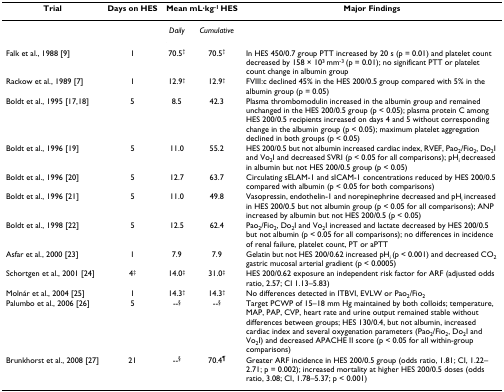
<table><thead><tr><td><b>Trial</b></td><td><b>Days on HES</b></td><td colspan="2"><b>Mean mL·kg<sup>-1 </sup>HES</b></td><td><b>Major Findings</b></td></tr></thead><tbody><tr><td></td><td></td><td><i>Daily</i></td><td><i>Cumulative</i></td><td></td></tr><tr><td>Falk et al., 1988 [9]</td><td>1</td><td>70.5<sup>†</sup></td><td>70.5<sup>†</sup></td><td>In HES 450/0.7 group PTT increased by 20 s (p = 0.01) and platelet count decreased by 158 × 10<sup>3 </sup>mm<sup>-3 </sup>(p = 0.01); no significant PTT or platelet count change in albumin group</td></tr><tr><td>Rackow et al., 1989 [7]</td><td>1</td><td>12.9<sup>†</sup></td><td>12.9<sup>†</sup></td><td>FVIII:c declined 45% in the HES 200/0.5 group compared with 5% in the albumin group (p = 0.05)</td></tr><tr><td>Boldt et al., 1995 [17,18]</td><td>5</td><td>8.5</td><td>42.3</td><td>Plasma thrombomodulin increased in the albumin group and remained unchanged in the HES 200/0.5 group (p &lt; 0.05); plasma protein C among HES 200/0.5 recipients increased on days 4 and 5 without corresponding change in the albumin group (p &lt; 0.05); maximum platelet aggregation declined in both groups (p &lt; 0.05)</td></tr><tr><td>Boldt et al., 1996 [19]</td><td>5</td><td>11.0</td><td>55.2</td><td>HES 200/0.5 but not albumin increased cardiac index, RVEF, Pao<sub>2</sub>/Fio<sub>2</sub>, Do<sub>2</sub>I and Vo<sub>2</sub>I and decreased SVRI (p &lt; 0.05 for all comparisons); pH<sub>i </sub>decreased in albumin but not HES 200/0.5 group (p &lt; 0.05)</td></tr><tr><td>Boldt et al., 1996 [20]</td><td>5</td><td>12.7</td><td>63.7</td><td>Circulating sELAM-1 and sICAM-1 concentrations reduced by HES 200/0.5 compared with albumin (p &lt; 0.05 for both comparisons)</td></tr><tr><td>Boldt et al., 1996 [21]</td><td>5</td><td>11.0</td><td>49.8</td><td>Vasopressin, endothelin-1 and norepinephrine decreased and pH<sub>i </sub>increased in HES 200/0.5 but not albumin group (p &lt; 0.05 for all comparisons); ANP increased by albumin but not HES 200/0.5 (p &lt; 0.05)</td></tr><tr><td>Boldt et al., 1998 [22]</td><td>5</td><td>12.5</td><td>62.4</td><td>Pao<sub>2</sub>/Fio<sub>2</sub>, Do<sub>2</sub>I and Vo<sub>2</sub>I increased and lactate decreased by HES 200/0.5 but not albumin (p &lt; 0.05 for all comparisons); no differences in incidence of renal failure, platelet count, PT or aPTT</td></tr><tr><td>Asfar et al., 2000 [23]</td><td>1</td><td>7.9</td><td>7.9</td><td>Gelatin but not HES 200/0.62 increased pH<sub>i </sub>(p &lt; 0.001) and decreased CO<sub>2 </sub>gastric mucosal arterial gradient (p &lt; 0.0005)</td></tr><tr><td>Schortgen et al., 2001 [24]</td><td>4<sup>‡</sup></td><td>14.0<sup>‡</sup></td><td>31.0<sup>‡</sup></td><td>HES 200/0.62 exposure an independent risk factor for ARF (adjusted odds ratio, 2.57; CI 1.13–5.83)</td></tr><tr><td>Molnár et al., 2004 [25]</td><td>1</td><td>14.3<sup>†</sup></td><td>14.3<sup>†</sup></td><td>No differences detected in ITBVI, EVLW or Pao<sub>2</sub>/Fio<sub>2</sub></td></tr><tr><td>Palumbo et al., 2006 [26]</td><td>5</td><td>--<sup>§</sup></td><td>--<sup>§</sup></td><td>Target PCWP of 15–18 mm Hg maintained by both colloids; temperature, MAP, PAP, CVP, heart rate and urine output remained stable without differences between groups; HES 130/0.4, but not albumin, increased cardiac index and several oxygenation parameters (Pao<sub>2</sub>/Fio<sub>2</sub>, Do<sub>2</sub>I and Vo<sub>2</sub>I) and decreased APACHE II score (p &lt; 0.05 for all within-group comparisons)</td></tr><tr><td>Brunkhorst et al., 2008 [27]</td><td>21</td><td>--<sup>§</sup></td><td>70.4<sup>¶</sup></td><td>Greater ARF incidence in HES 200/0.5 group (odds ratio, 1.81; CI, 1.22–2.71; p = 0.002); increased mortality at higher HES 200/0.5 doses (odds ratio, 3.08; CI, 1.78–5.37; p &lt; 0.001)</td></tr></tbody></table>